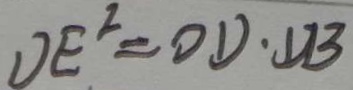
D E ^ { 2 } = O D \cdot D B